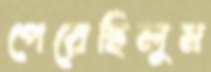
পেরেছিলুম